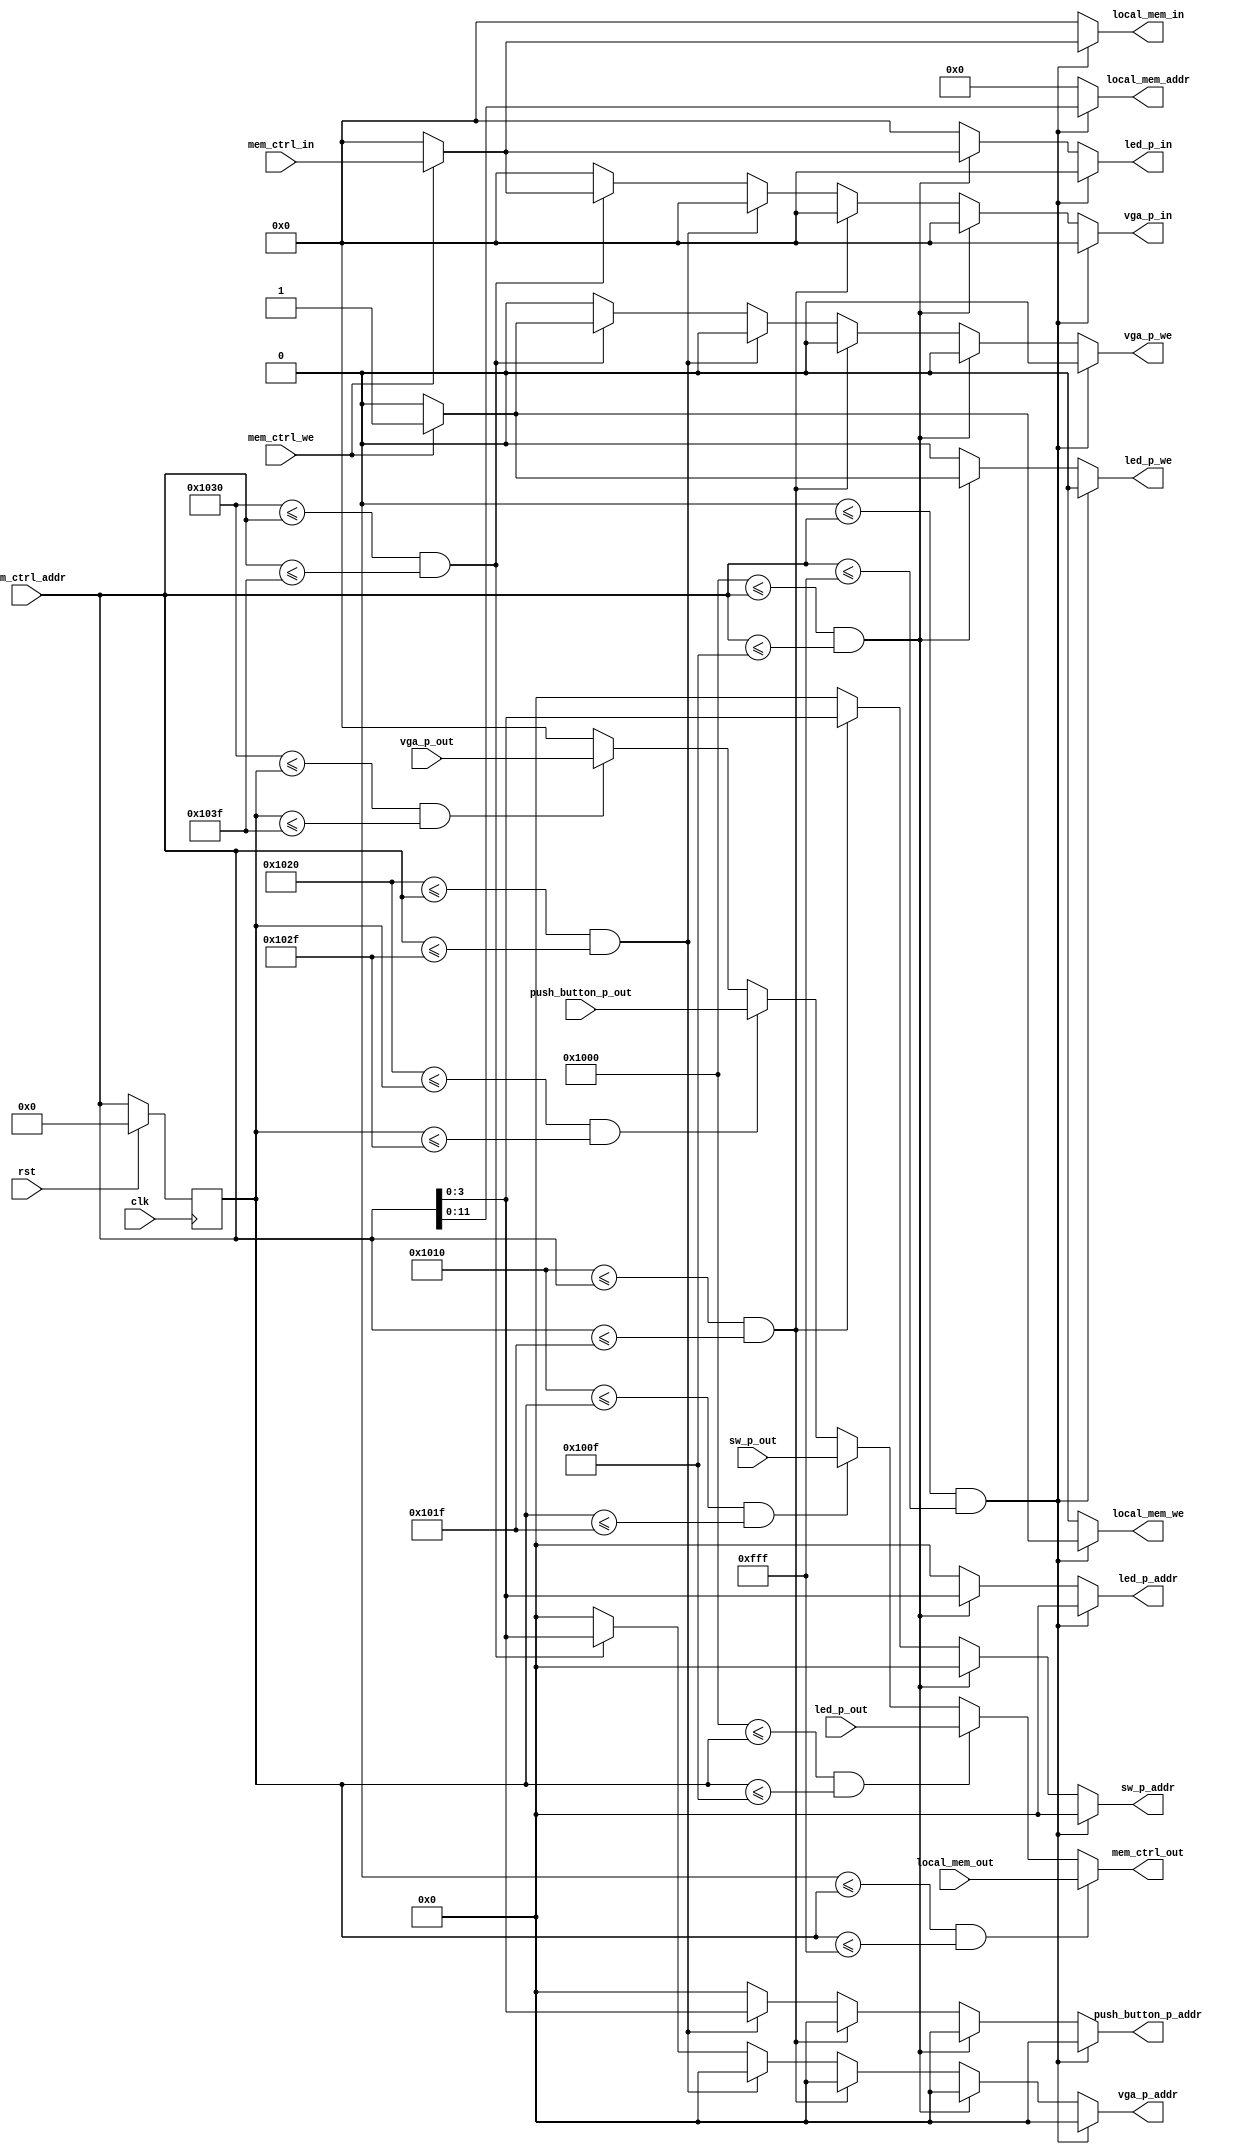
module memory_controller(

	// clock and reset
	input clk, 
	input rst,
	
	// processor interface
	input mem_ctrl_we,
	input [13:0] mem_ctrl_addr,
	input [31:0] mem_ctrl_in,
	output reg [31:0] mem_ctrl_out,

	// local memory interface
	output reg local_mem_we,
	output reg [11:0] local_mem_addr,
	output reg [31:0] local_mem_in,
	input [31:0] local_mem_out,

	// led peripheral interface
	output reg led_p_we,
	output reg [3:0] led_p_addr,
	output reg [31:0] led_p_in,
	input [31:0] led_p_out,
	
	// switch peripheral interface
	output reg [3:0] sw_p_addr,
	input [31:0] sw_p_out,
	
	// push button peripheral interface
	output reg [3:0] push_button_p_addr,
	input [31:0] push_button_p_out,
	
	// vga peripheral interface
	output reg vga_p_we,
	output reg [3:0] vga_p_addr,
	output reg [31:0] vga_p_in,
	input [31:0] vga_p_out
 
	);
	
	reg [13:0] mem_ctrl_addr_r;

	//******************************************************
	// memory map
	localparam LOCAL_MEMORY_LOW_ADDR  			= 14'h0000;
	localparam LOCAL_MEMORY_HIGH_ADDR 			= 14'h0FFF;
	localparam LED_P_MEMORY_LOW_ADDR  			= 14'h1000;
	localparam LED_P_MEMORY_HIGH_ADDR 			= 14'h100F;
	localparam SW_P_MEMORY_LOW_ADDR  			= 14'h1010;
	localparam SW_P_MEMORY_HIGH_ADDR 			= 14'h101F;
	localparam PUSH_BUTTON_P_MEMORY_LOW_ADDR  	= 14'h1020;
	localparam PUSH_BUTTON_P_MEMORY_HIGH_ADDR 	= 14'h102F;
	localparam VGA_P_MEMORY_LOW_ADDR			= 14'h1030;
	localparam VGA_P_MEMORY_HIGH_ADDR			= 14'h103F;
	//******************************************************

	//******************************************************
	// memory controller
	always@(*) begin
				
		local_mem_we = 0;
		local_mem_addr = 0;
		local_mem_in = 0;
		
		led_p_we = 0;
		led_p_addr = 0;
		led_p_in = 0;
		
		sw_p_addr = 0;
		
		push_button_p_addr = 0;
		
		vga_p_we = 0;
		vga_p_addr = 0;
		vga_p_in = 0;

		mem_ctrl_out = 0;
		
		if((LOCAL_MEMORY_LOW_ADDR <= mem_ctrl_addr) && (mem_ctrl_addr <= LOCAL_MEMORY_HIGH_ADDR)) begin // local memory
		
			local_mem_addr = mem_ctrl_addr[11:0];
			
			if(mem_ctrl_we == 1) begin
				local_mem_we = 1;
				local_mem_in = mem_ctrl_in;
			end
			
		end
		else if((LED_P_MEMORY_LOW_ADDR <= mem_ctrl_addr) && (mem_ctrl_addr <= LED_P_MEMORY_HIGH_ADDR)) begin // led peripheral
		
			led_p_addr = mem_ctrl_addr[3:0];

			if(mem_ctrl_we == 1'b1) begin
				led_p_we = 1;
				led_p_in = mem_ctrl_in;
			end
		
		end
		else if((SW_P_MEMORY_LOW_ADDR <= mem_ctrl_addr) && (mem_ctrl_addr <= SW_P_MEMORY_HIGH_ADDR)) begin // sw peripheral
		
			sw_p_addr = mem_ctrl_addr[3:0];
	
		end
		else if((PUSH_BUTTON_P_MEMORY_LOW_ADDR <= mem_ctrl_addr) && (mem_ctrl_addr <= PUSH_BUTTON_P_MEMORY_HIGH_ADDR)) begin // push button peripheral
		
			push_button_p_addr = mem_ctrl_addr[3:0];
	
		end
		else if((VGA_P_MEMORY_LOW_ADDR <= mem_ctrl_addr) && (mem_ctrl_addr <= VGA_P_MEMORY_HIGH_ADDR)) begin // vga peripheral
		
			vga_p_addr = mem_ctrl_addr[3:0];

			if(mem_ctrl_we == 1'b1) begin
				vga_p_we = 1;
				vga_p_in = mem_ctrl_in;
			end
		
		end
		
		if((LOCAL_MEMORY_LOW_ADDR <= mem_ctrl_addr_r) && (mem_ctrl_addr_r <= LOCAL_MEMORY_HIGH_ADDR)) begin // local memory
			
			mem_ctrl_out = local_mem_out;
					
		end
		else if((LED_P_MEMORY_LOW_ADDR <= mem_ctrl_addr_r) && (mem_ctrl_addr_r <= LED_P_MEMORY_HIGH_ADDR)) begin // led peripheral
		
			mem_ctrl_out = led_p_out;
		
		end
		else if((SW_P_MEMORY_LOW_ADDR <= mem_ctrl_addr_r) && (mem_ctrl_addr_r <= SW_P_MEMORY_HIGH_ADDR)) begin // sw peripheral
		
			mem_ctrl_out = sw_p_out;
		
		end
		else if((PUSH_BUTTON_P_MEMORY_LOW_ADDR <= mem_ctrl_addr_r) && (mem_ctrl_addr_r <= PUSH_BUTTON_P_MEMORY_HIGH_ADDR)) begin // push button peripheral
		
			mem_ctrl_out = push_button_p_out;
		
		end
		else if((VGA_P_MEMORY_LOW_ADDR <= mem_ctrl_addr_r) && (mem_ctrl_addr_r <= VGA_P_MEMORY_HIGH_ADDR)) begin // vga peripheral
		
			mem_ctrl_out = vga_p_out;
		
		end
				
	end
	
	always@(posedge clk)	begin
		if(rst) begin
			mem_ctrl_addr_r <= 0;
		end
		else begin
			mem_ctrl_addr_r <= mem_ctrl_addr;
		end
				
	end
	//******************************************************
	
endmodule